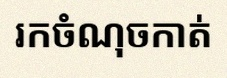
រកចំណុចកាត់